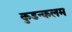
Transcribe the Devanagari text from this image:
कुडन्कलम